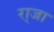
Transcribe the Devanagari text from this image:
रा्जा